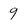
Character: 9